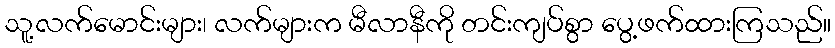
သူ့လက်မောင်းများ၊ လက်များက မီလာနီကို တင်းကျပ်စွာ ပွေ့ဖက်ထားကြသည်။